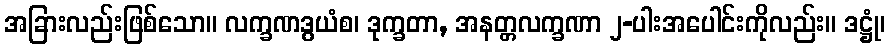
အခြားလည်းဖြစ်သော။ လက္ခဏဒွယံစ၊ ဒုက္ခတာ, အနတ္တလက္ခဏာ ၂-ပါးအပေါင်းကိုလည်း။ ဒဋ္ဌုံ၊